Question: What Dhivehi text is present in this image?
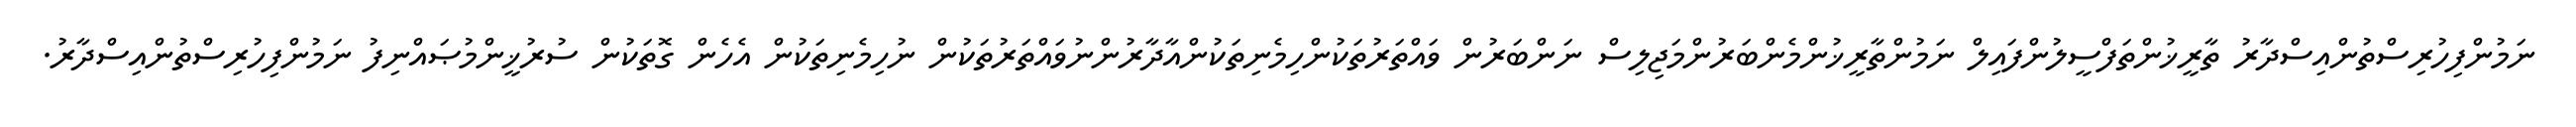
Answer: ނަމުންފިހުރިސްތުންއިސްދާރު ތާރީޚުންތަފްސީލުންފައިލް ނަމުންތާރީޚުންމެންބަރުންމަޖިލިސް ނަންބަރުން ވައްތަރުތަކުންހިމެނިތަކުންއާދާރުންނުވައްތަރުތަކުން ނުހިމެނިތަކުން އެހެން ގޮތަކުން ސުރުޚީންމުޞައްނިފު ނަމުންފިހުރިސްތުންއިސްދާރު.